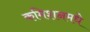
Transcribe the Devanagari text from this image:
कमिशनमधे